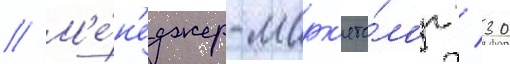
// М'е́н'еджер-марк'ето́лог / 30